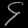
Digit: ၄